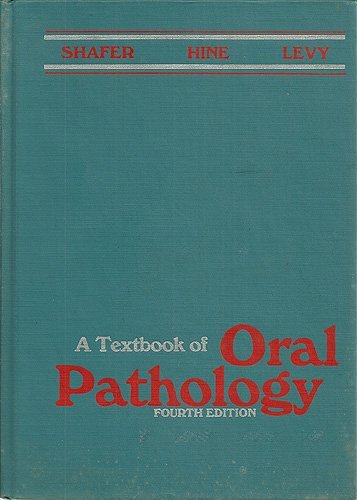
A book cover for Textbook of Oral Pathology; William G. Shafer; Medical Books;